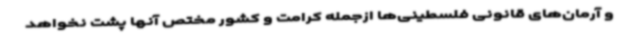
و آرمان‌های قانونی فلسطینی‌ها ازجمله کرامت و کشور مختص آنها پشت نخواهد